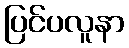
ပြင်ပလူနာ